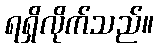
ရရှိလိုက်သည်။